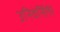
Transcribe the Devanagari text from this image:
उनिवेर्सितैरे